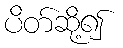
ပိတ်ဆို့၍